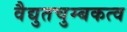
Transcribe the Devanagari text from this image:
वैद्युतचुम्बकत्व